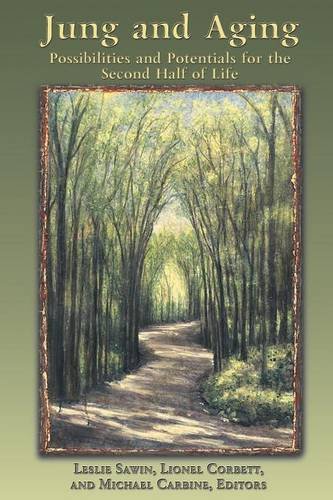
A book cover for C. G. Jung and Aging: Possibilities and Potentials for the Second Half of Life; Politics & Social Sciences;